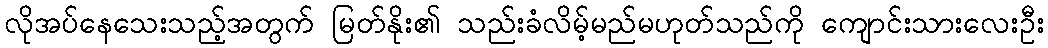
လိုအပ်နေသေးသည့်အတွက် မြတ်နိုး၏ သည်းခံလိမ့်မည်မဟုတ်သည်ကို ကျောင်းသားလေးဦး